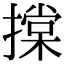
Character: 𢴤